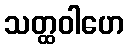
သတ္ထဝါဟေ